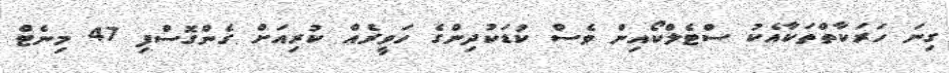
ގިނަ ހަރަކާތްތަކާއެކު ސްޓެލްކޯއިން ވެސް ކުޑަކުދިންގެ ހަވީރެއް ކުރިއަށް ގެންގޮސްފި 47 މިނެޓް